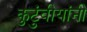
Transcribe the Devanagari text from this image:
कुटुंवीयांनी